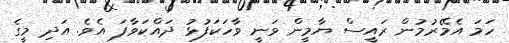
ހަމަ އެމޭރުމުން ރައީސް ޔާމީން ވަނީ ވާހަކަފުޅު ދައްކަވާފަ އެވެ. އަދި މީގެ